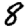
Digit: 8